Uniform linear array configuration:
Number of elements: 32
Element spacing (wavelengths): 1
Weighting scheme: kaiser
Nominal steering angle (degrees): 45
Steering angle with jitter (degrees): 45.461
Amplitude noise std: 0.05
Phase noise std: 0.05

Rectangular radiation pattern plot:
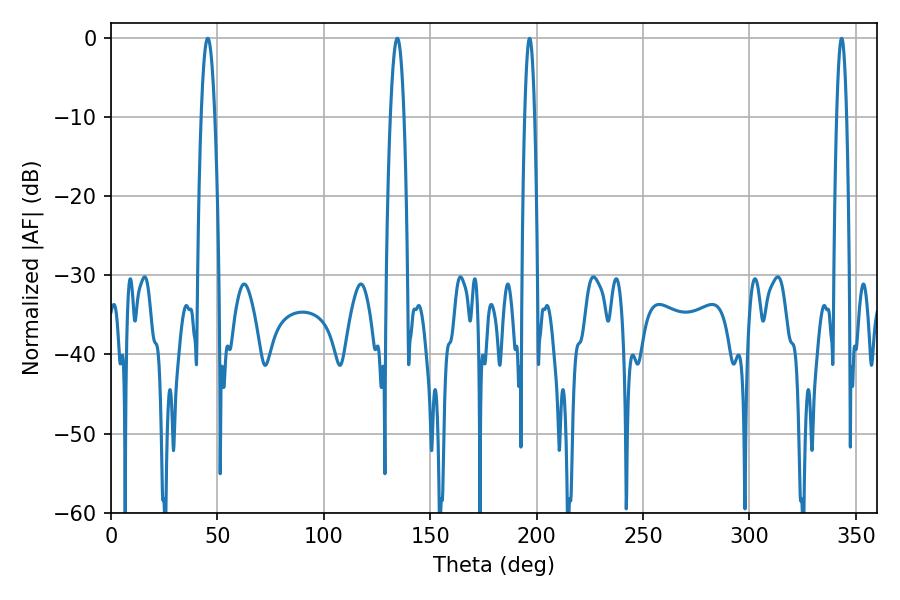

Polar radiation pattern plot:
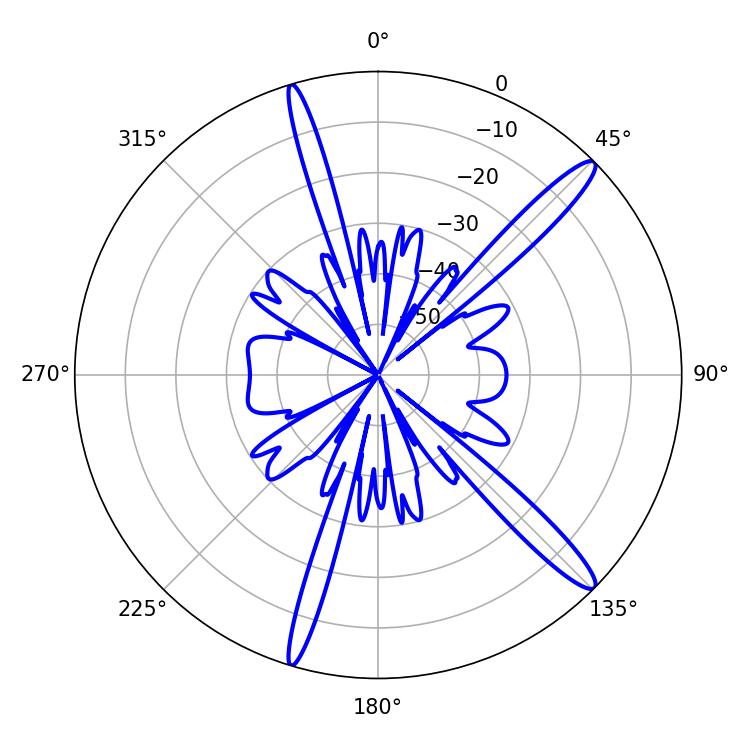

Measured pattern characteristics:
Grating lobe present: TRUE
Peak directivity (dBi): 14.729
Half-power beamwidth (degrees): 2.52
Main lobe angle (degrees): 343.26